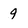
Character: 9